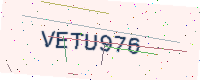
Text: VETU976